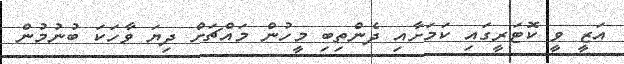
އަޒީ ވީ ކޮޓަރީގައި ކަމަށާއި ދެންތިބި މީހުން މައްޗަށް ދިޔަ ވާހަކަ ބުނުމުން